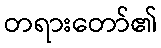
တရားတော်၏